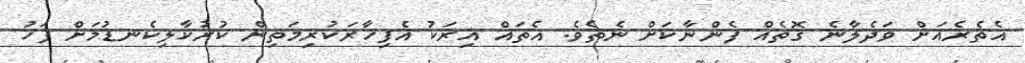
އެތެރެއަށް ވަދެލާނެ ގޮތެއް ފެންނާކަށް ނެތެވެ. އެތައް އިރަކު އެފިހާރަކުރިމަތިން ކުރުކާލިކެނޑުމަށް ފަހު